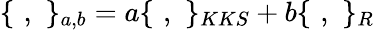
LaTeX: \{ \, \, ,\, \, \} _{a,b}=a\{ \, \, ,\, \, \} _{KKS}+b\{ \, \, ,\, \, \} _{R}